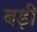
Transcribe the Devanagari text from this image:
बड़़ी